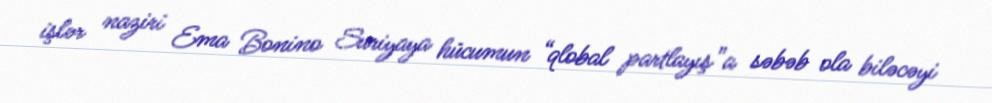
işlər naziri Ema Bonino Suriyaya hücumun “qlobal partlayış”a səbəb ola biləcəyi